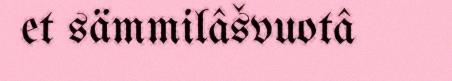
et sämmilâšvuotâ